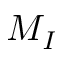
M _ { I }